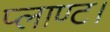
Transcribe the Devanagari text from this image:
प्लाण्ट।